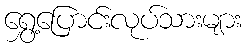
ရွှေ့ပြောင်းလုပ်သားများ